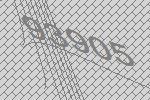
93905